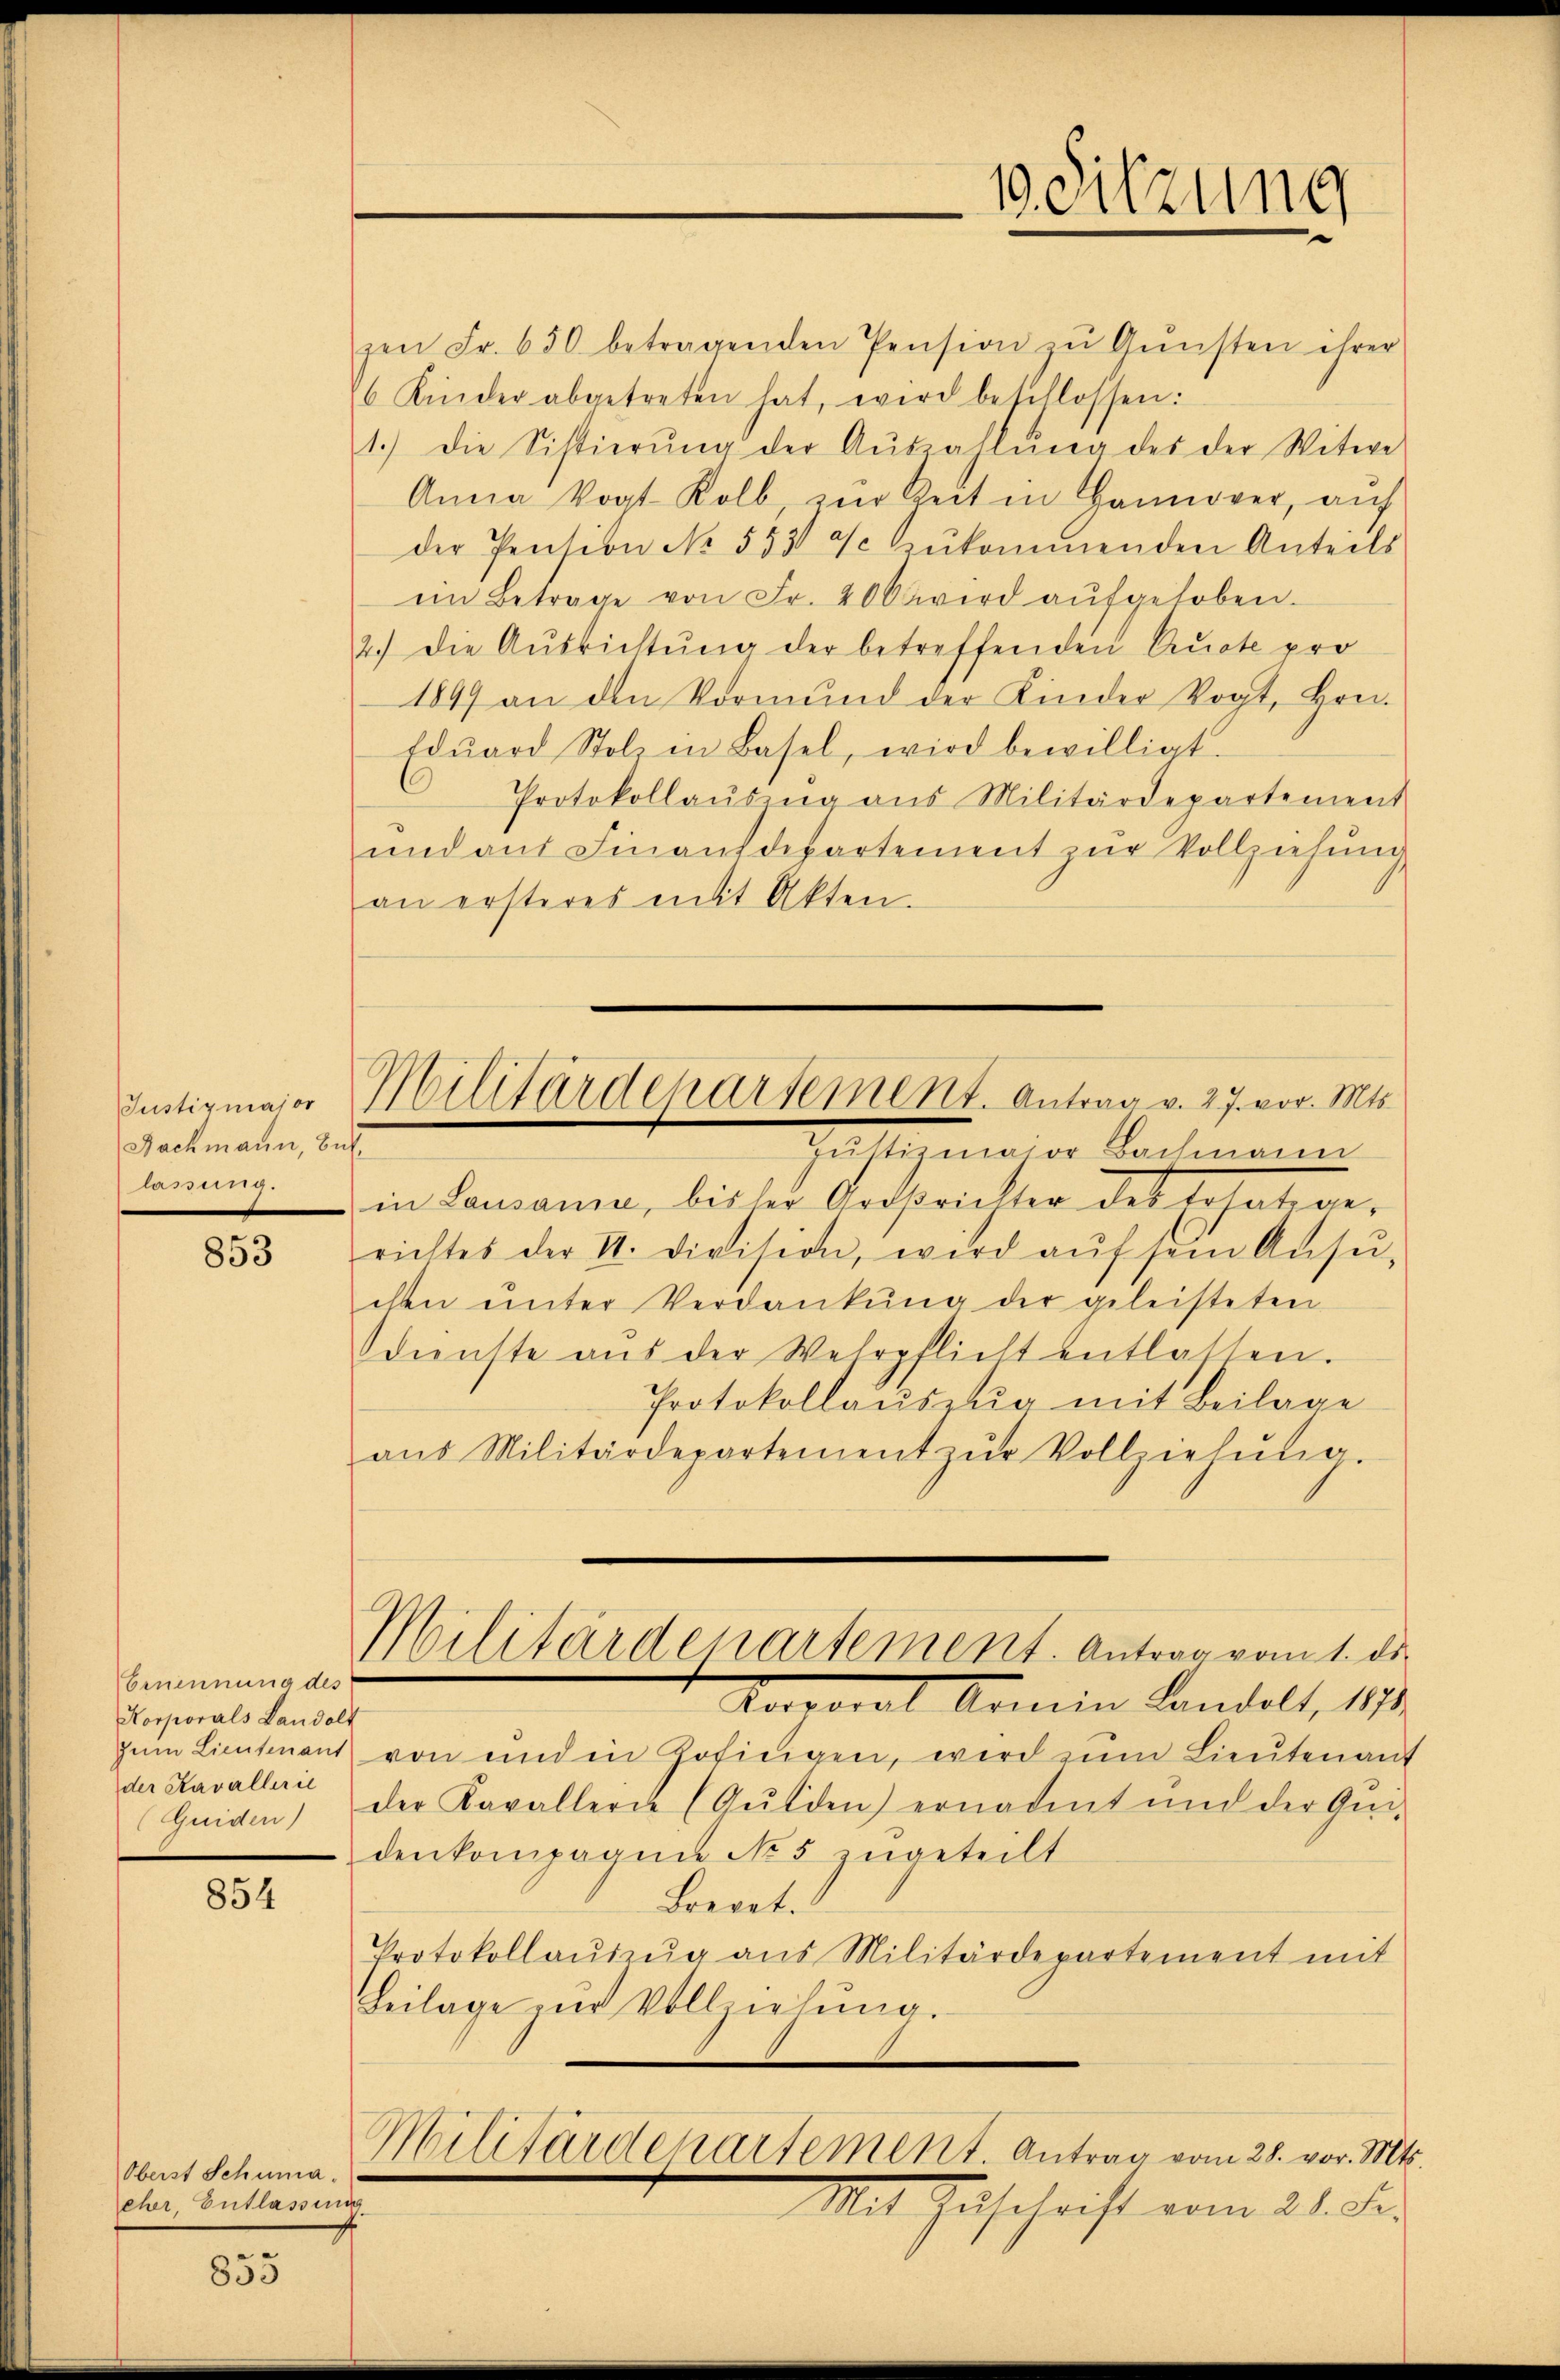
Justizmajor
Nachmann, Bil
lanung.

853

Ernennung des
Korporals Landolt
zum Lieutenant
der Kavallerie
(Guiden)

854

Oberst Schuma.
eher, Entlassung

835

zen Fr. 650 betragenden Pension zŭ Gŭnsten ihrer
6 Kinder abgetreten hat, wird beschlossen:
1.) Die Sistierŭng der Aŭszahlŭng des der Witwe
Anna Vogt Kolb, zŭr Zeit in Hannover, aŭf
der Pension No. 553 u. zŭkommenden Anteils
im Betrage von Fr. 400 wird aŭfgeloben.
2.) Die Ausrichtŭng der betreffenden Quote pro
1847 an den Vormund der Kinder Vogt, Hrn.
Edŭard Stolz in Basel, wird bewilligt.
Protokollausung aus Militärdepartement
und auf Finanzdepartement zŭr Vollziehung
an ersteres mit Akten.
Hechtigung v. Nochmann
in Lausanne, bisher Ardstrichter des Ersatiger
richtes der II. Division, wird aŭf sein Ansŭ-
den ŭnter Verdankŭng der geleisteten
dienste aŭs der Wehrpflicht entlassen.
Protokollaŭszŭg mit Beilage
aŭs Militärdepartement zŭr Vollziehŭng
Militärdepartement. Antrag vom 1. ds.
Tavoral Armin Landolt, 187.
von und in Zofingen, wird zum Lieutenant
der Kavallerde (Gulden) ernadet und der Gen-
denkompagnie No 5 zugeteilt
Brevet.
Protokollaŭszŭg aŭs Militärdepartement mit
Beilage in Vollziehung.
Militärdepartement. Antrag vom 28. vor. Mts.
Mit Zuschrift vom 21. Se.

19. Sitzung

Militärdepartement. Antrag v. 27. vor. Mts.